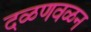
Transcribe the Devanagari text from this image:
दळणवळन